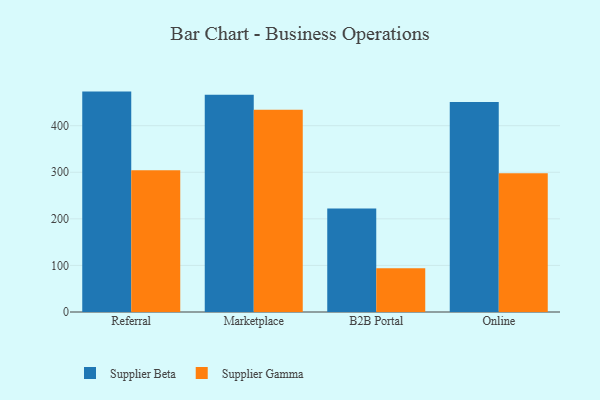
{"axis": {"x": "Channel", "y": "Website Visitors"}, "legend": ["Supplier Beta", "Supplier Gamma"], "data": [{"x": "Referral", "y": 473.2, "type": "Supplier Beta"}, {"x": "Referral", "y": 304.2, "type": "Supplier Gamma"}, {"x": "Marketplace", "y": 466.2, "type": "Supplier Beta"}, {"x": "Marketplace", "y": 434.1, "type": "Supplier Gamma"}, {"x": "B2B Portal", "y": 222.1, "type": "Supplier Beta"}, {"x": "B2B Portal", "y": 93.7, "type": "Supplier Gamma"}, {"x": "Online", "y": 450.7, "type": "Supplier Beta"}, {"x": "Online", "y": 298.1, "type": "Supplier Gamma"}]}